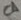
Text: C1